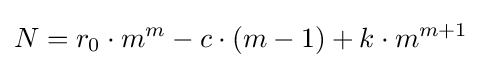
N=r_{0}\cdot m^{m}-c\cdot (m-1)+k\cdot m^{m+1}